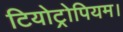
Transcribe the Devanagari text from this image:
टियोट्रोपियम।